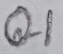
Text: Q1